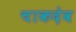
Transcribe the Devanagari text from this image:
चाकदेव